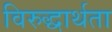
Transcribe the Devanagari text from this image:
विरुद्धार्थता